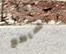
الساطع